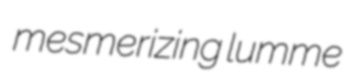
mesmerizing lumme